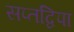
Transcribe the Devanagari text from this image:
सप्तद्विपा